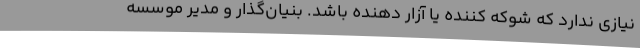
نیازی ندارد که شوکه کننده یا آزار دهنده باشد. بنیان‌گذار و مدیر موسسه